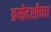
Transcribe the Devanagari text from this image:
त्रयोदशीच्या